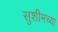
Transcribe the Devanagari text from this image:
सुशीमच्या